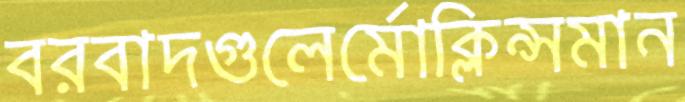
বরবাদগুলের্মোক্লিন্সমান